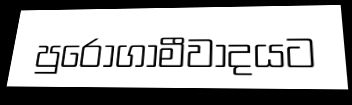
පුරෝගාමීවාදයට